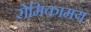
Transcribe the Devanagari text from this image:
रोमिकामय